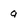
Character: 9